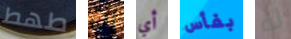
طھط إن أي بفأس له